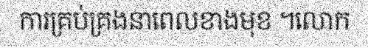
ការគ្រប់គ្រងនាពេលខាងមុខ ។លោក